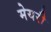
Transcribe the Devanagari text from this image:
मेयरी